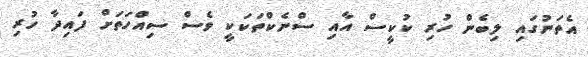
އެތަނުގައި ލިބެން ހުރި ކުކީސް އާއި ސްނެކްތަކަކީ ވެސް ސިއްހަތަށް ފައިދާ ހުރި